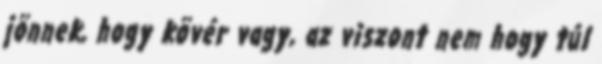
jönnek, hogy kövér vagy, az viszont nem hogy túl